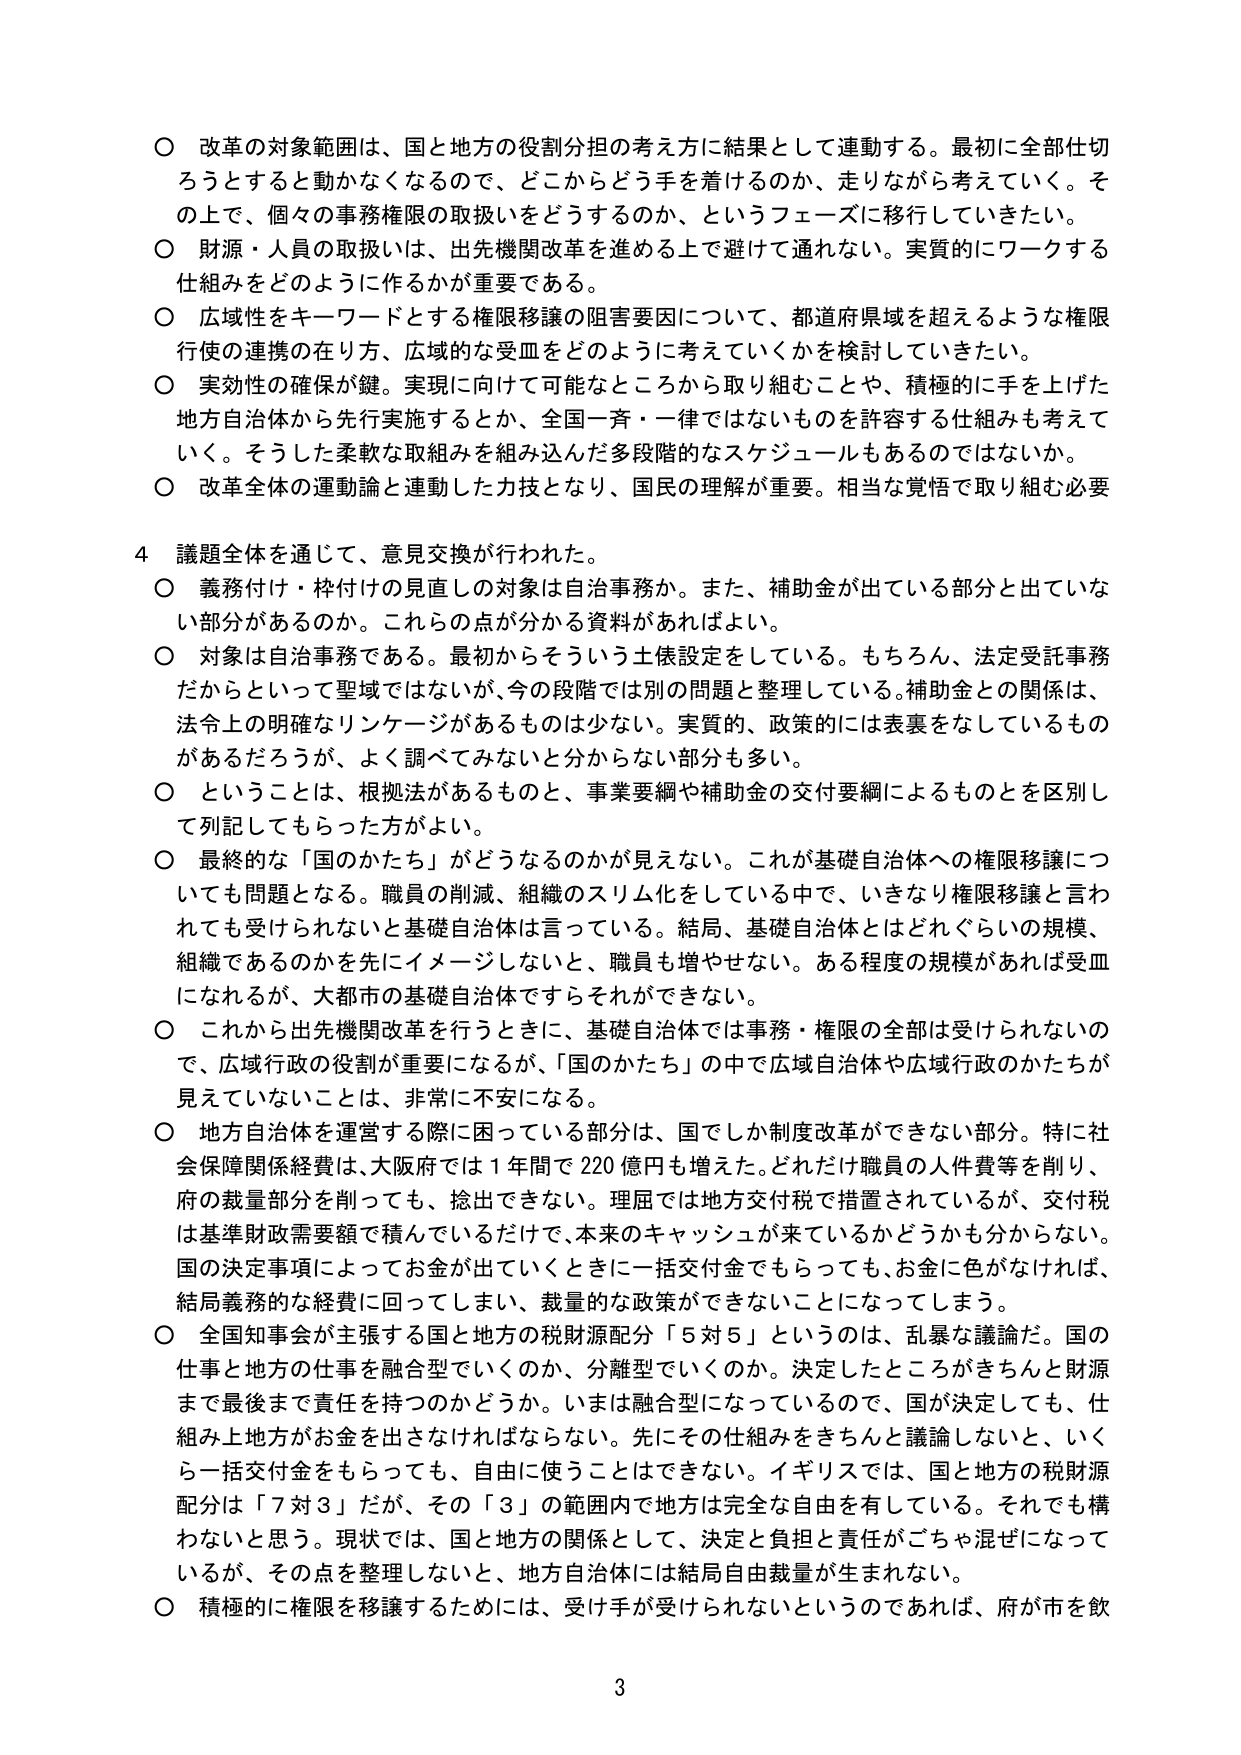
○ 改革の対象範囲は、国と地方の役割分担の考え方に関連して結果として連動する。最初に全部仕切ろうとすると動かなくなるので、どこからどう手を着けるのか、走りながら考えていく。その上で、個々の事務権限の取扱いをどうするのか、というフェーズに移行していきたい。

○ 財源・人員の取扱いは、出先機関改革を進める上で避けて通れない。実質的にワークする仕組みをどのように作るかが重要である。

○ 広域性をキーワードとする権限移譲の阻害要因について、都道府県域を超えるような権限行使の連携の在り方、広域的な受皿をどのように考えていくかを検討していきたい。

○ 実効性の確保が鍵。実現に向けて可能なところから取り組むことや、積極的に手を上げた地方自治体から先行実施するとか、全国一斉・一律ではないものを許容する仕組みも考えていく。そうした柔軟な取組みを組み込んだ多段階的なスケジュールもあるのではないか。

○ 改革全体の運動論と運動した力技となり、国民の理解が重要。相当な覚悟で取り組む必要

4 議題全体を通じて、意見交換が行われた。

○ 義務付け・枠付けの見直しの対象は自治事務か。また、補助金が出ている部分と出ていない部分があるのか。これらの点が分かる資料があればよい。

○ 対象は自治事務である。最初からそういう土俵設定をしている。もちろん、法定受託事務だからといって聖域ではないが、今の段階では別の問題と整理している。補助金との関係は、法令上の明確なリンケージがあるものは少ない。実質的、政策的には表裏をなしているものがあるだろうが、よく調べてみないと分からない部分も多い。

○ ということは、根拠法があるものと、事業要綱や補助金の交付要綱によるものとを区別して列記してもらった方がよい。

○ 最終的な「国のかたち」がどうなるのかが見えない。これが基礎自治体への権限移譲についても問題となる。職員の削減、組織のスリム化をしている中で、いきなり権限移譲と言われても受けられないと基礎自治体は言っている。結局、基礎自治体とはどれぐらいの規模、組織であるのかを先にイメージしないと、職員も増やせない。ある程度の規模があれば受皿になれるが、大都市の基礎自治体ですらそれができきない。

○ これから出先機関改革を行うときに、基礎自治体では事務・権限の全部は受けられないのでは、広域行政の役割が重要になるが、「国のかたち」の中で広域自治体や広域行政のかたちが見えていないことは、非常に不安になる。

○ 地方自治体を運営する際に困っている部分は、国でしか制度改革ができない部分。特に社会保障関係経費は、大阪府では1年間で220億円も増えた。どれだけ職員の人件費等を削り、府の裁量部分を削っても、捻出できない。理屈では地方交付税で措置されているが、交付税は基準財政需要額で積んでいるだけで、本来のキャッシュが来ているかどうか分からない。国の決定事項によってお金が出ていくときに一括交付金でもらっても、お金に色がなければ、結局義務的な経費に回ってしまい、裁量的な政策ができなくなることになってしまう。

○ 全国知事会が主張する国と地方の税財源配分「5対5」というのは、乱暴な議論だ。国の仕事と地方の仕事を融合型でいくのか、分離型でいくのか。決定したところがきちんと財源まで最後まで責任を持つのかどうか。いまは融合型になっているので、国が決定しても、仕組み上地方がお金を出さなければならない。先にその仕組みをきちんと議論しないと、いくら一括交付金をもらっても、自由に使うことはできない。イギリスでは、国と地方の税財源配分は「7対3」だが、その「3」の範囲内で地方は完全な自由を有している。それでも構わないと思う。現状では、国と地方の関係として、決定と負担と責任がごちゃ混ぜになっているが、その点を整理しないと、地方自治体には結局自由裁量が生まれない。

○ 積極的に権限を移譲するためには、受け手が受けられないというのであれば、府が市を飲

3